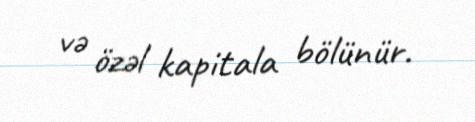
və özəl kapitala bölünür.